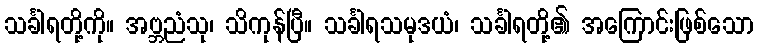
သင်္ခါရတို့ကို။ အဗ္ဘညံသု၊ သိကုန်ပြီ။ သင်္ခါရသမုဒယံ၊ သင်္ခါရတို့၏ အကြောင်းဖြစ်သော